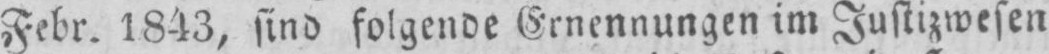
Febr. 1843, sind folgende Ernennungen im Justizwesen